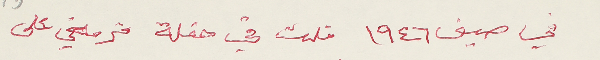
في صيف ١٩٤٦ قلت في حفلة فرقتي على